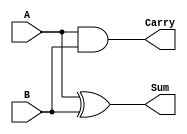
module half_adder (
    input wire A,    // First input
    input wire B,    // Second input
    output wire Sum, // Sum output
    output wire Carry // Carry output
);

// Sum output using XOR gate
assign Sum = A ^ B;

// Carry output using AND gate
assign Carry = A & B;

endmodule